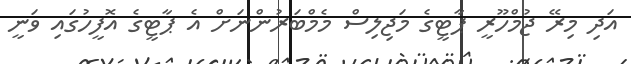
އަދި މިރޭ ޖުމްހޫރީ ޕާޓީގެ މަޖިލިސް މެމްބަރުންނަށް އެ ޕާޓީގެ އޮފީހުގައި ވަނީ